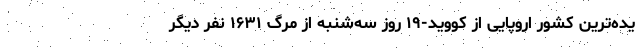
یده‌ترین کشور اروپایی از کووید-۱۹ روز سه‌شنبه از مرگ ۱۶۳۱ نفر دیگر